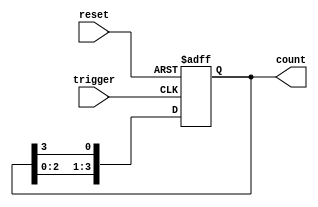
module async_ring_counter (
    input wire reset,       // Asynchronous reset signal
    input wire trigger,     // Input trigger for state transition
    output reg [N-1:0] count // Output count (N-bit)
);
    parameter N = 4; // Number of bits in the ring counter

    // Initial state
    initial begin
        count = 4'b0001; // Initialize to 0001
    end

    always @(posedge trigger or posedge reset) begin
        if (reset) begin
            count <= 4'b0001; // Reset to initial state
        end else begin
            count <= {count[N-2:0], count[N-1]}; // Shift left and wrap around
        end
    end
endmodule